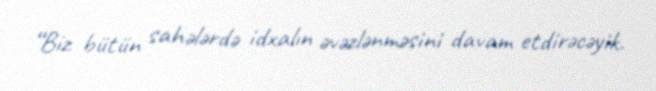
“Biz bütün sahələrdə idxalın əvəzlənməsini davam etdirəcəyik.